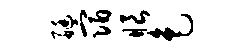
艇宿眼色